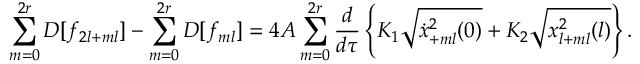
\sum _ { m = 0 } ^ { 2 r } D [ f _ { 2 l + m l } ] - \sum _ { m = 0 } ^ { 2 r } D [ f _ { m l } ] = 4 A \sum _ { m = 0 } ^ { 2 r } \frac { d } { d \tau } \left\{ K _ { 1 } \sqrt { \dot { x } _ { + m l } ^ { 2 } ( 0 ) } + K _ { 2 } \sqrt { x _ { l + m l } ^ { 2 } ( l ) } \right\} .